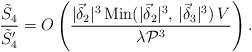
LaTeX: \begin{align*}\frac{\tilde{S}_4}{\tilde{S}_4'} = O \left( \frac{|\vec{\delta}_2|^3 \, \mbox{Min} (|\vec{\delta}_2|^3, \, |\vec{\delta}_3|^3) \, V}{\lambda {\cal P}^3}\right) . \end{align*}